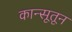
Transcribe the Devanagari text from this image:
कान्सूतून